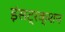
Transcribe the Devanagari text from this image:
इंसट्रक्शन